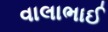
વાલાભાઈ